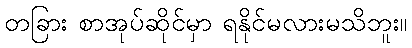
တခြား စာအုပ်ဆိုင်မှာ ရနိုင်မလားမသိဘူး။